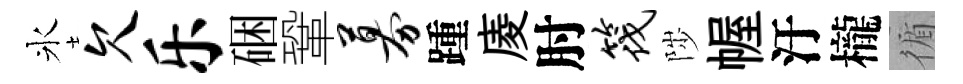
氷欠乐硱鞏募踵庱肘筏陟幄汙櫳循